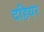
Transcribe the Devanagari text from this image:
दहियर